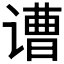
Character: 𲂓